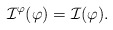
\begin{align*}\mathcal{I}^{\varphi}(\varphi)=\mathcal{I}(\varphi).\end{align*}